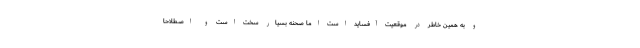
و به همین خاطر در موقعیت آفساید است اما صحنه بسیار سخت است و اصطلاحا